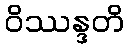
ဝိဿန္ဒတိ